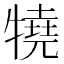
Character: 㹓